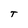
Character: t